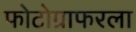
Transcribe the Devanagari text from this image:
फोटोग्राफरला